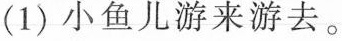
(1)小鱼儿游来游去。